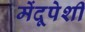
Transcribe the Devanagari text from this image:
मेंदूपेशी